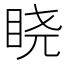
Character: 𬑒